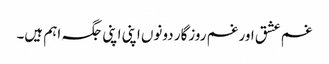
غم عشق اور غم روزگار دونوں اپنی اپنی جگہ اہم ہیں۔